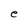
Character: e